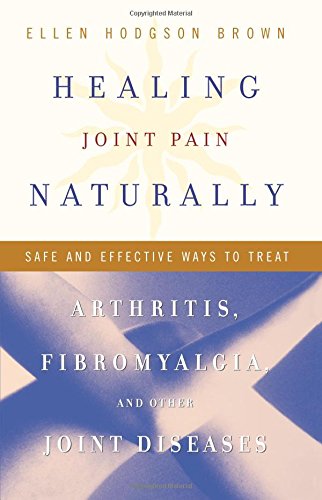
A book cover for Healing Joint Pain Naturally: Safe and Effective Ways to Treat Arthritis, Fibromyalgia, and Other Joint Diseases; Ellen Hodgson Brown; Health, Fitness & Dieting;